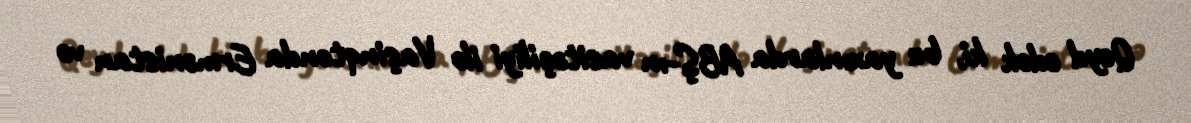
Qeyd edək ki, bu yaxınlarda ABŞ-ın vasitəçiliyi ilə Vaşinqtonda Ermənistan və